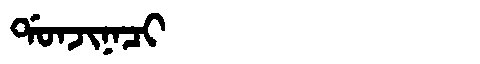
Manchu: ᡩᠣᠨᠵᡳᠨᠠᠴᡳ
Romanization: DONJINACI